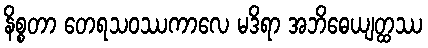
နိစ္စတာ တေရသဝဿကာလေ မဒိရာ အဘိဓေယျတ္ထဿ